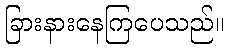
ခြားနားနေကြပေသည်။